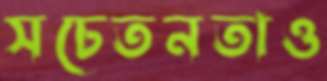
সচেতনতাও